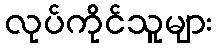
လုပ်ကိုင်သူများ